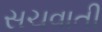
સચવાતી